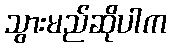
သွားမည်ဆိုပါက